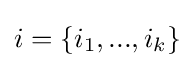
i=\{i_{1},...,i_{k}\}